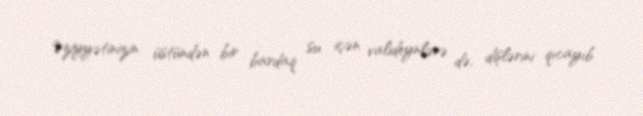
Əziyyətinizin üstündən bir bardaq su içən valideynlərə də, dişlərini qıcayıb